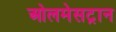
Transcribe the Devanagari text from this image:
ओलमेसट्रान